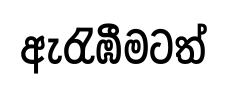
ඇරැඹීමටත්